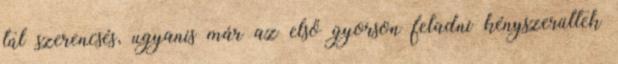
túl szerencsés, ugyanis már az első gyorson feladni kényszerültek